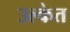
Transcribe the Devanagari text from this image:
उल्केत